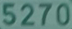
5270